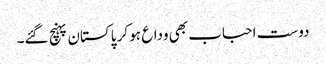
دوست احباب بھی وداع ہو کر پاکستان پہنچ گئے۔